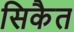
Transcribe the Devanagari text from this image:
सिकैत